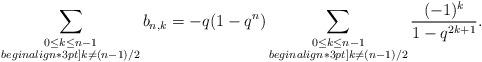
LaTeX: \begin{align*}\sum_{\substack{0\le k \le n-1\\begin{align*}3pt]k\not= (n-1)/2}} b_{n,k}=-q(1-q^n)\sum_{\substack{0\le k \le n-1\\begin{align*}3pt]k\not= (n-1)/2}} \frac{(-1)^{k} }{1-q^{2k+1}}.\end{align*}